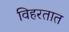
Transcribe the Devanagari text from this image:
विहरतात